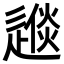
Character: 𨕪